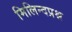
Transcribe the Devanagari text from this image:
मिलिन्दप्रश्न